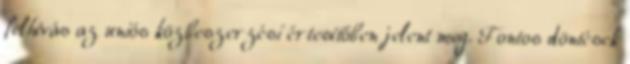
felhívás az uniós közbeszerzési értesítőben jelent meg. Fontos döntések